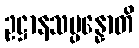
ဥဋ္ဌာနသမ္ပန္နောတိ